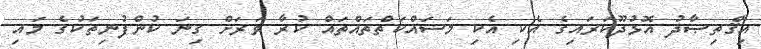
އިޤްތިޞާދު އޮޅުދޫކަރައިގެ އެކި އެކި މަސައްކަތްތައްތައް ކުރާ ވަރަށް ގިނަ ކުންފުނިތަކުގެ މައި